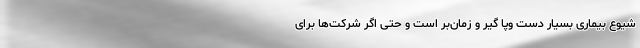
شیوع بیماری بسیار دست وپا گیر و زمان‌بَر است و حتی اگر شرکت‌ها برای